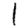
Digit: 1